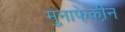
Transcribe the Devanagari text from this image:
मुनाफे़की़न